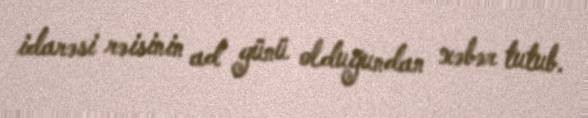
idarəsi rəisinin ad günü olduğundan xəbər tutub.